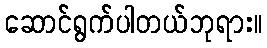
ဆောင်ရွက်ပါတယ်ဘုရား။